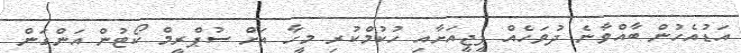
އަޑުއެހުން ބާއްވާނެ ދުވަހެއް ޕީޖީއަށާއި ހުކުމްކުރި މީހާ އަށް ސުޕްރީމް ކޯޓުން އަންގަން